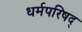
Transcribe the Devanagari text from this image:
धर्मपरिषद्